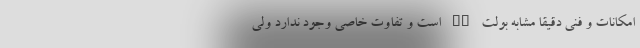
امکانات و فنی دقیقا مشابه بولت EV است و تفاوت خاصی وجود ندارد ولی